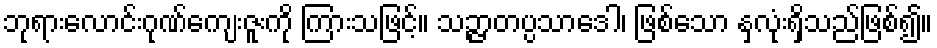
ဘုရားလောင်းဂုဏ်ကျေးဇူးကို ကြားသဖြင့်။ သဉ္ဇာတပ္ပသာဒေါ၊ ဖြစ်သော နှလုံးရှိသည်ဖြစ်၍။